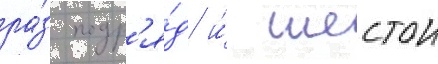
ра́з подр'я́д и́ шестои